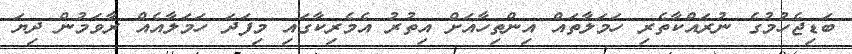
ބަޑިޖެހުމުގެ ނުރައްކާތެރި ހަމަލާތައް އިންތިހާއަށް އިތުރު އެމެރިކާގައި މިފަދަ ހަމަލާއެއް ރާވަމުން ދިޔަ